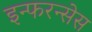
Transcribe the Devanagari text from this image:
इन्फरन्सेस